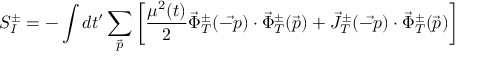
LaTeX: S _ { I } ^ { \pm } = - \int d t ^ { \prime } \sum _ { \vec { p } } \left[ \frac { \mu ^ { 2 } ( t ) } { 2 } \vec { \Phi } _ { T } ^ { \pm } ( \vec { - p } ) \cdot { \vec { \Phi } ^ { \pm } } _ { T } ( \vec { p } ) + \vec { J } _ { T } ^ { \pm } ( \vec { - p } ) \cdot { \vec { \Phi } ^ { \pm } } _ { T } ( \vec { p } ) \right]